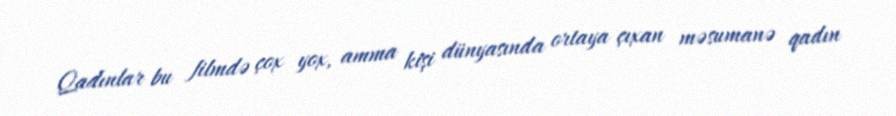
Qadınlar bu filmdə çox yox, amma kişi dünyasında ortaya çıxan məsumanə qadın